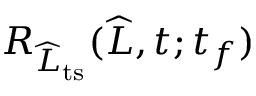
R _ { \widehat { L } _ { \mathrm { t s } } } ( \widehat { L } , t ; t _ { f } )